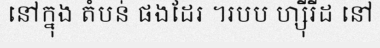
នៅក្នុង តំបន់ ផងដែរ ។របប ហ្ស៊ីរីដ នៅ